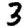
Digit: 3